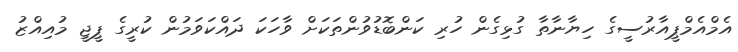
އެމްއެމްޕީއާރުސީގެ ހިޔާނާތާ ގުޅިގެން ހުރި ކަންބޮޑުވުންތަކަށް ވާހަކަ ދައްކަވަމުން ކުރީގެ ޕީޖީ މުއިއްޒު